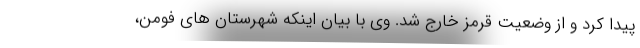
پیدا کرد و از وضعیت قرمز خارج شد. وی با بیان اینکه شهرستان های فومن،